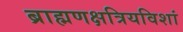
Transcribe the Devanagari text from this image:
ब्राह्मणक्षत्रियविशां